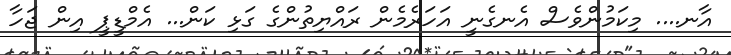
އާނ.... މިކަމުންވެސް އެނގެނީ އަހަރެމެން ރައްޔިތުންގެ ގަޅި ކަން... އެމްޑީޕީ އިން ޖަހާ